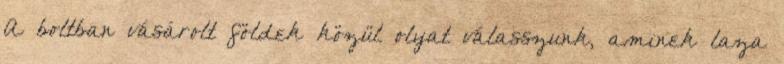
A boltban vásárolt földek közül olyat válasszunk, aminek laza